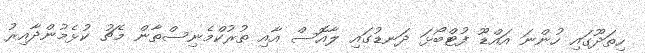
ހިތަދޫގައި ހުންނަ އައްޑޫ ފުޓްބޯޅަ ދަނޑުގައި ލާއޮސް އާއި ތުރުކްމެނިސްތާން މެޗު ކުޅެމުންދާއިރު